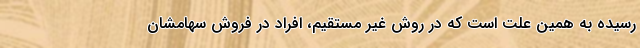
رسیده به همین علت است که در روش غیر مستقیم، افراد در فروش سهامشان